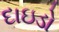
દાઇડો